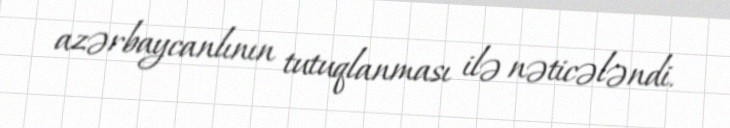
azərbaycanlının tutuqlanması ilə nəticələndi.